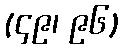
(၄၉၊ ၉၆)